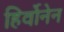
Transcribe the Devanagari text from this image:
हिर्वोनेन